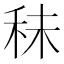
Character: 𥞊